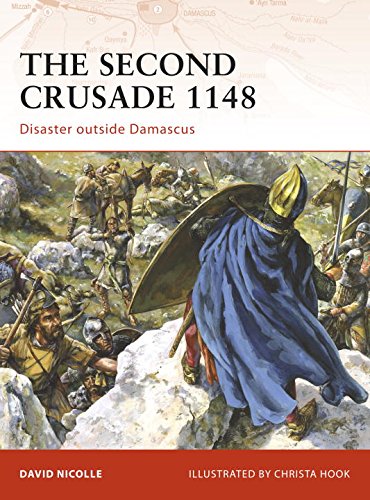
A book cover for The Second Crusade 1148: Disaster outside Damascus (Campaign); David Nicolle; History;